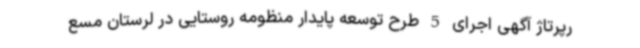
رپرتاژ آگهی اجرای 5 طرح توسعه پایدار منظومه روستایی در لرستان مسع